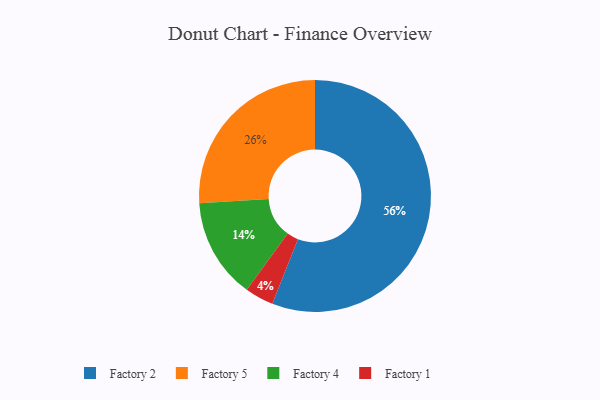
{"axis": {"x": "Category", "y": "Percentage"}, "legend": ["Factory 1", "Factory 2", "Factory 4", "Factory 5"], "data": [{"x": "Factory 1", "y": 4, "type": "Factory 1"}, {"x": "Factory 2", "y": 56, "type": "Factory 2"}, {"x": "Factory 4", "y": 14, "type": "Factory 4"}, {"x": "Factory 5", "y": 26, "type": "Factory 5"}]}